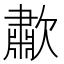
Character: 歗